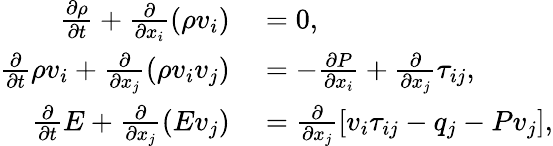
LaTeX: \begin{array}{rl}{\frac{\partial\rho}{\partial t}+\frac{\partial}{\partial x_{i}}(\rho v_{i})}&{{}=0,}\\ {\frac{\partial}{\partial t}\rho v_{i}+\frac{\partial}{\partial x_{j}}(\rho v_{i}v_{j})}&{{}=-\frac{\partial P}{\partial x_{i}}+\frac{\partial}{\partial x_{j}}\tau_{ij},}\\ {\frac{\partial}{\partial t}E+\frac{\partial}{\partial x_{j}}(Ev_{j})}&{{}=\frac{\partial}{\partial x_{j}}\left[v_{i}\tau_{ij}-q_{j}-Pv_{j}\right],}\end{array}